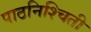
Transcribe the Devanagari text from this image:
पाठनिश्चिती